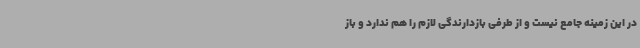
در این زمینه جامع نیست و از طرفی بازدارندگی لازم را هم ندارد و باز